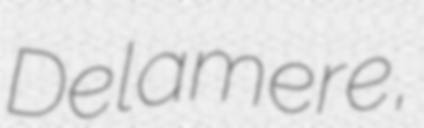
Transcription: Delamere,